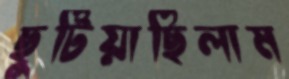
ছুটিয়াছিলাম